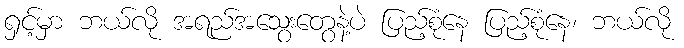
ရှင့်မှာ ဘယ်လို အရည်အသွေးတွေနဲ့ပဲ ပြည့်စုံနေ ပြည့်စုံနေ၊ ဘယ်လို